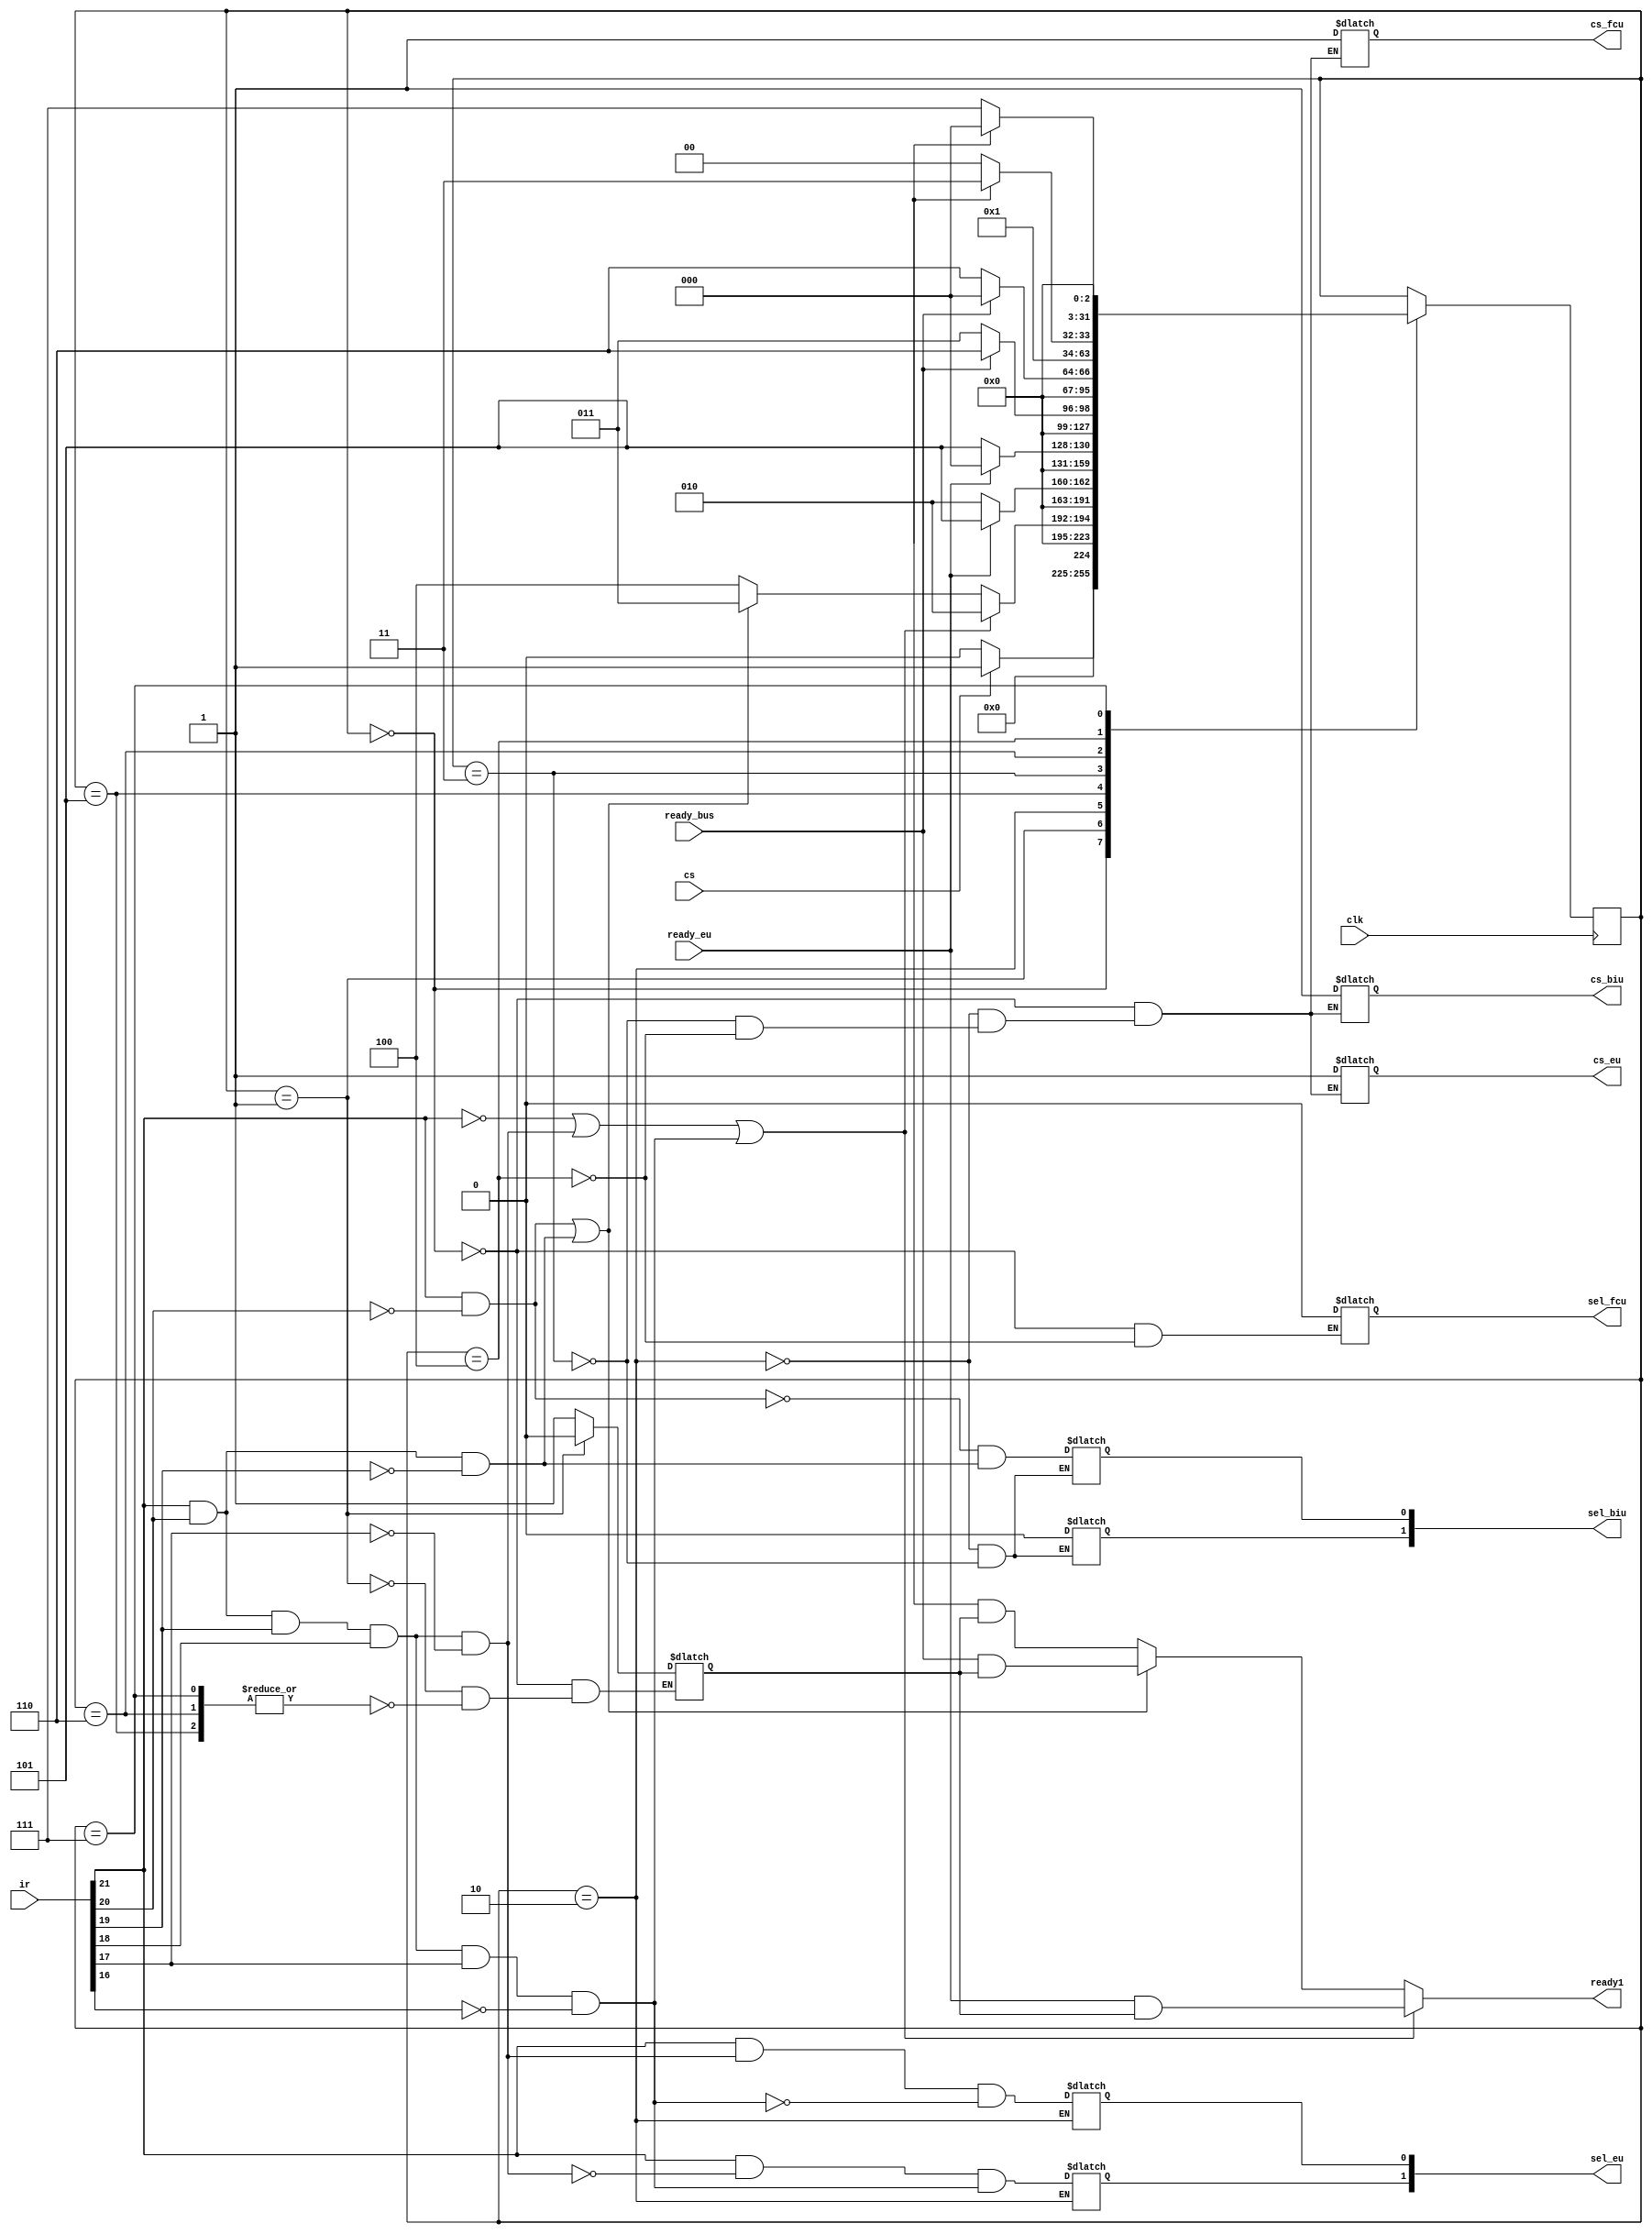
`timescale 1ns / 1ps
//////////////////////////////////////////////////////////////////////////////////
// Company: 
// Engineer: 
// 
// Design Name: 
// Module Name: decoder
// Project Name: 
// Target Devices: 
// Tool Versions: 
// Description: 
// 
// Dependencies: 
// 
// Revision:
// Revision 0.01 - File Created
// Additional Comments:
// 
//////////////////////////////////////////////////////////////////////////////////

//decoder
module decoder(clk,cs,ready_bus,ready_eu,ir,ready1,cs_fcu,cs_biu,cs_eu,sel_fcu,sel_eu,sel_biu);
input [31:0] ir;
input clk,cs,ready_bus,ready_eu;
output ready1;
output  reg cs_fcu,cs_biu,cs_eu;
output reg sel_fcu;
output reg [1:0] sel_biu,sel_eu;
reg ready;
wire arith_i,arith,comp,l_st,branch,mov,ready_bus,ready_eu,ready_fcu;
integer state=0;

always@(posedge clk)
begin
case(state)
0:begin
if(cs)
state=1;
else
state=0;
end
1:begin
if(arith_i|arith|comp)//execution
state=2;
else if(mov|l_st)//biu
state=3;
else//fcu
state=4;
end
//execution
2:begin
if(ready_eu)
state=5;
else
state=2;
end
5: begin
if(ready_eu)
state=0;
else
state=5;
end
//biu
3:begin
if(ready_bus)
state=6;
else
state=3;
end
6: begin
if(ready_bus)
state=0;
else
state=6;
end
//fcu
4: begin
if(ready_fcu)
state=7;
else
state=4;
end
7:begin
if(ready_fcu)
state=0;
else
state=7;
end
endcase
end

always@(state)
begin
case(state)
0:begin
ready=1;
cs_fcu=1'bZ;
cs_biu=1'bZ;
cs_eu=1'bZ;
sel_fcu=1'bZ;
end
1:ready=0;
//execution
2:begin
cs_eu=1;
cs_fcu=1'bZ;
cs_biu=1'bZ;
sel_eu[1]=~arith_i&~arith&comp;
sel_eu[0]=~arith_i&arith&~comp;
sel_biu=2'bz;
end
//biu
3:begin
cs_biu=1;
cs_fcu=1'bZ;
cs_eu=1'bZ;
sel_biu[0]=~mov&l_st;
sel_biu[1]=0;
end
//fcu
4:begin
cs_fcu=1;
cs_eu=1'bZ;
cs_biu=1'bZ;
sel_fcu=0;
end
5,6,7:ready=1;
endcase
end

assign ready1=(arith_i|arith|comp)?(ready_eu&ready):((mov|l_st)?(ready_bus&ready):(ready_fcu&ready));
assign arith_i=~ir[21];
assign mov=ir[21]&~ir[20];
assign l_st=ir[21]&ir[20]&~ir[19];
assign branch=ir[21]&ir[20]&ir[19]&~ir[18];
assign arith=ir[21]&ir[20]&ir[19]&ir[18]&~ir[17];
assign comp=ir[21]&ir[20]&ir[19]&ir[18]&ir[17]&~ir[16];
endmodule